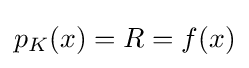
{\textstyle p_{K}(x)=R=f(x)}